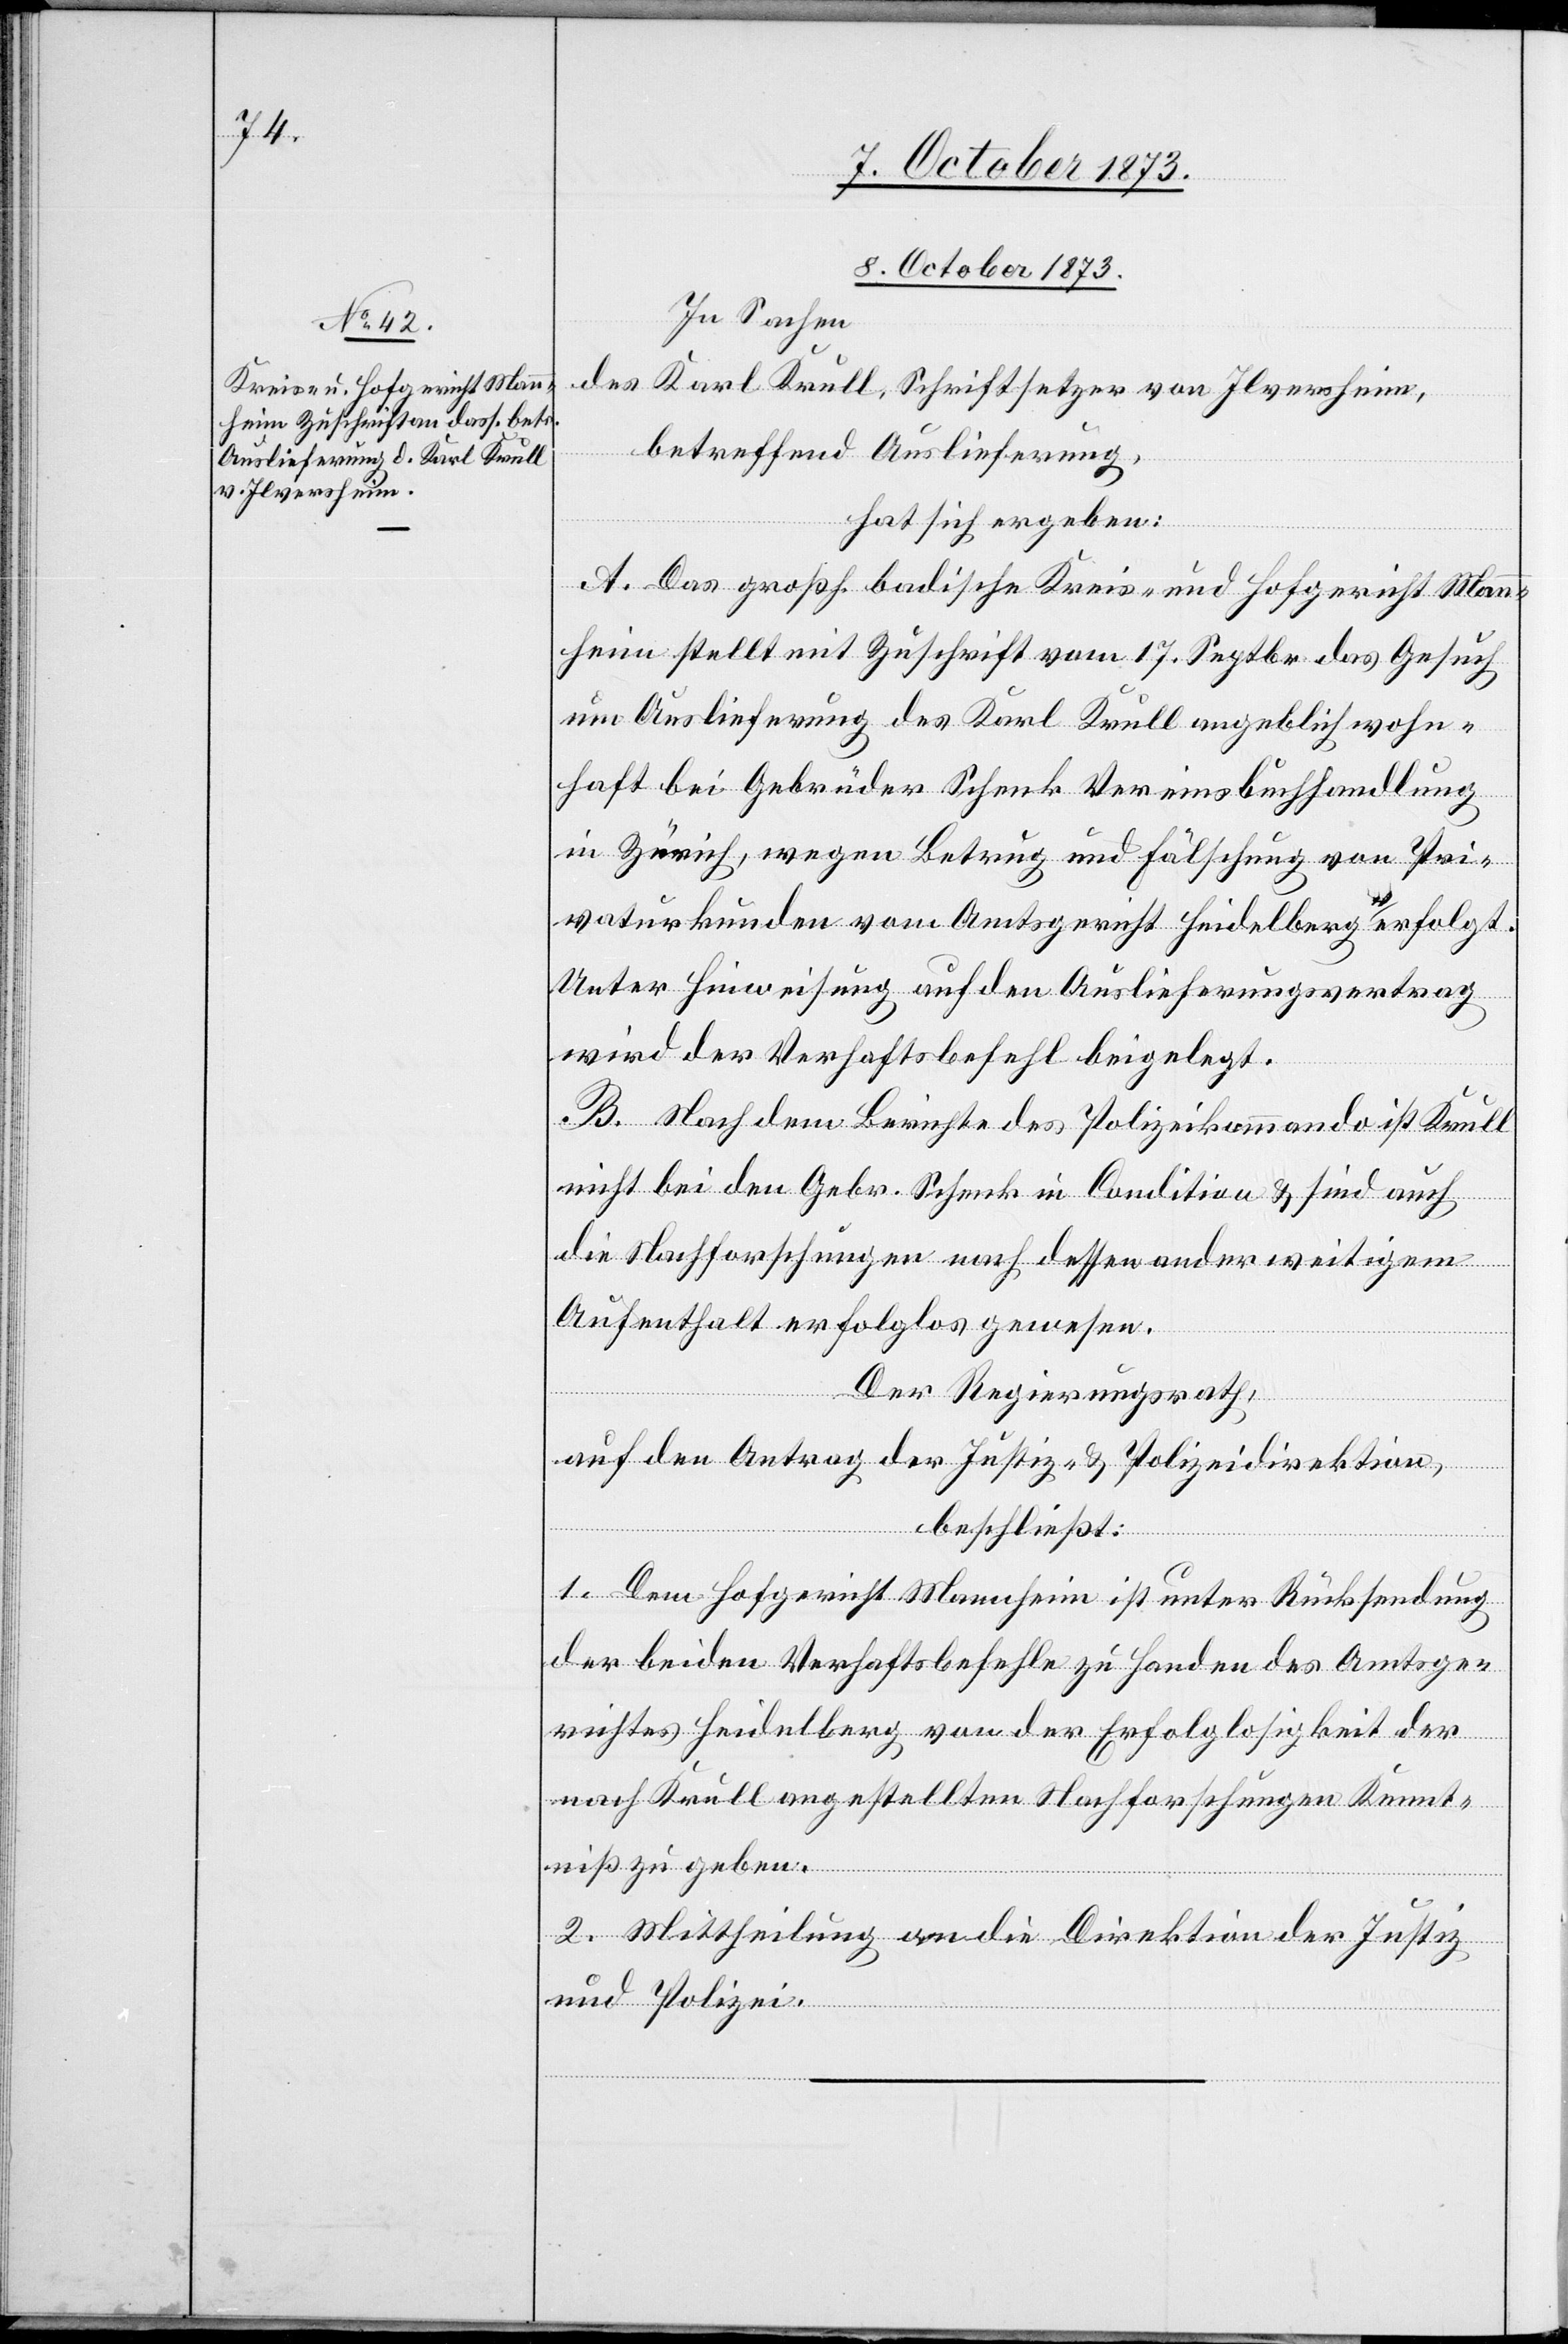
8. October 1873.
In Sachen
des Karl Krull, Schriftsetzer von Ilversheim,
betreffend Auslieferung,
hat sich ergeben:
A. Das großh. badische Kreis- und Hofgericht Mann¬
heim stellt mit Zuschrift vom 17. Septbr. das Gesuch
um Auslieferung des Karl Krull angeblich wohn¬
haft bei Gebrüder Schenk Vereinsbuchhandlung
in Zürich, wegen Betrug und Fälschung von Pri¬
vaturkunden vom Amtsgericht Heidelberg verfolgt.
Unter Hinweisung auf den Auslieferungsvertrag
wird der Verhaftsbefehl beigelegt.
B. Nach dem Berichte des Polizeikommando ist Krull
nicht bei den Gebr. Schenk in Condition & sind auch
die Nachforschungen nach dessen anderweitigem
Aufenthalt erfolglos gewesen.
Der Regierungsrath,
auf den Antrag der Justiz- & Polizeidirektion,
beschließt:
1. Dem Hofgericht Mannheim ist unter Rücksendung
der beiden Verhaftsbefehle zu Handen des Amtsge¬
richtes Heidelberg von der Erfolglosigkeit der
nach Krull angestellten Nachforschungen Kennt¬
niß zu geben.
2. Mittheilung an die Direktion der Justiz
und Polizei.